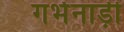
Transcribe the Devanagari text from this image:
गर्भनाड़ी